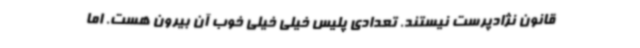
قانون نژادپرست نیستند. تعدادی پلیس خیلی خیلی خوب آن بیرون هست. اما